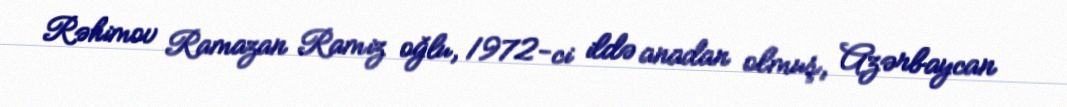
Rəhimov Ramazan Ramiz oğlu, 1972-ci ildə anadan olmuş, Azərbaycan